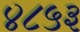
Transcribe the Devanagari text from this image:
४८५३